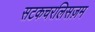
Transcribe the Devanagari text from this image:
सटकचरलिसज़म